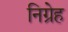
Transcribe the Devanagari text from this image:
निग्रेह